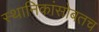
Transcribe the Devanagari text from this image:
स्थानिकांसोबतच